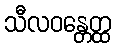
သီလဝန္တေတ္ထ